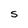
Character: S